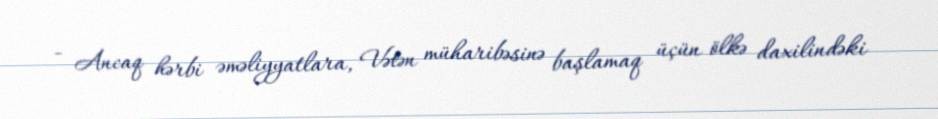
- Ancaq hərbi əməliyyatlara, Vətən müharibəsinə başlamaq üçün ölkə daxilindəki